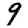
Digit: 9